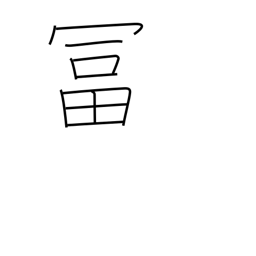
Meaning: wealthy